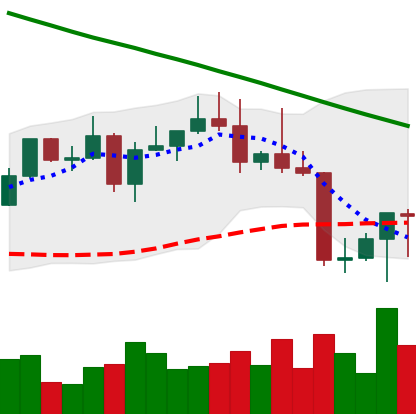
Ticker: LTC-USD
Chart end date: 2022-08-23
Forward return: -6.075%
Label: down_5_7